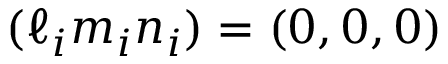
( \ell _ { i } m _ { i } n _ { i } ) = ( 0 , 0 , 0 )